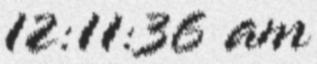
12:11:36 am